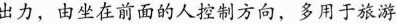
出力，由坐在前面的人控制方向，多用于旅游